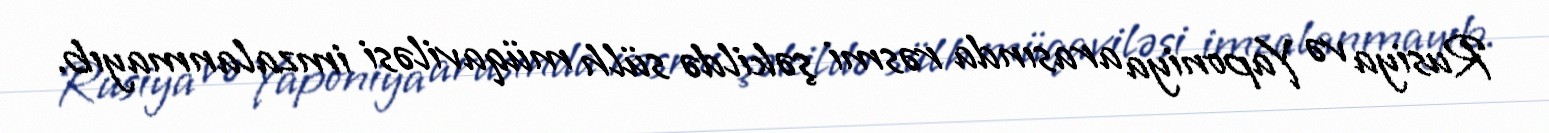
Rusiya və Yaponiya arasında rəsmi şəkildə sülh müqaviləsi imzalanmayıb.